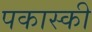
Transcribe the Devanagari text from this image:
पकास्की